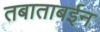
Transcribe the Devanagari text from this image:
तबाताबईन